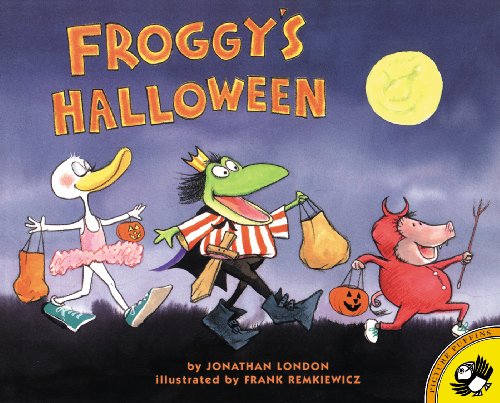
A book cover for Froggy's Halloween; Jonathan London; Children's Books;